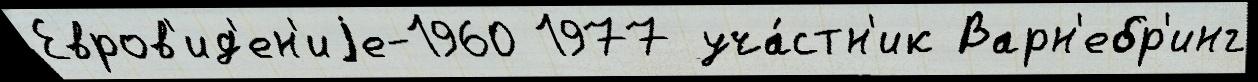
Евров'ид'ен'иjе-1960 1977 уча́стн'ик Варн'ебр'инг